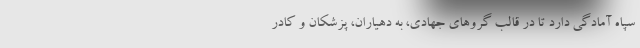
سپاه آمادگی دارد تا در قالب گروهای جهادی، به دهیاران، پزشکان و کادر